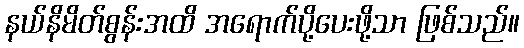
နယ်နိမိတ်စွန်းအထိ အရောက်ပို့ပေးဖို့သာ ဖြစ်သည်။